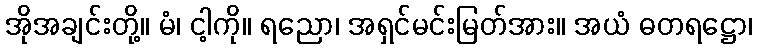
အိုအချင်းတို့။ မံ၊ ငါ့ကို။ ရညော၊ အရှင်မင်းမြတ်အား။ အယံ ဓတရဋ္ဌော၊